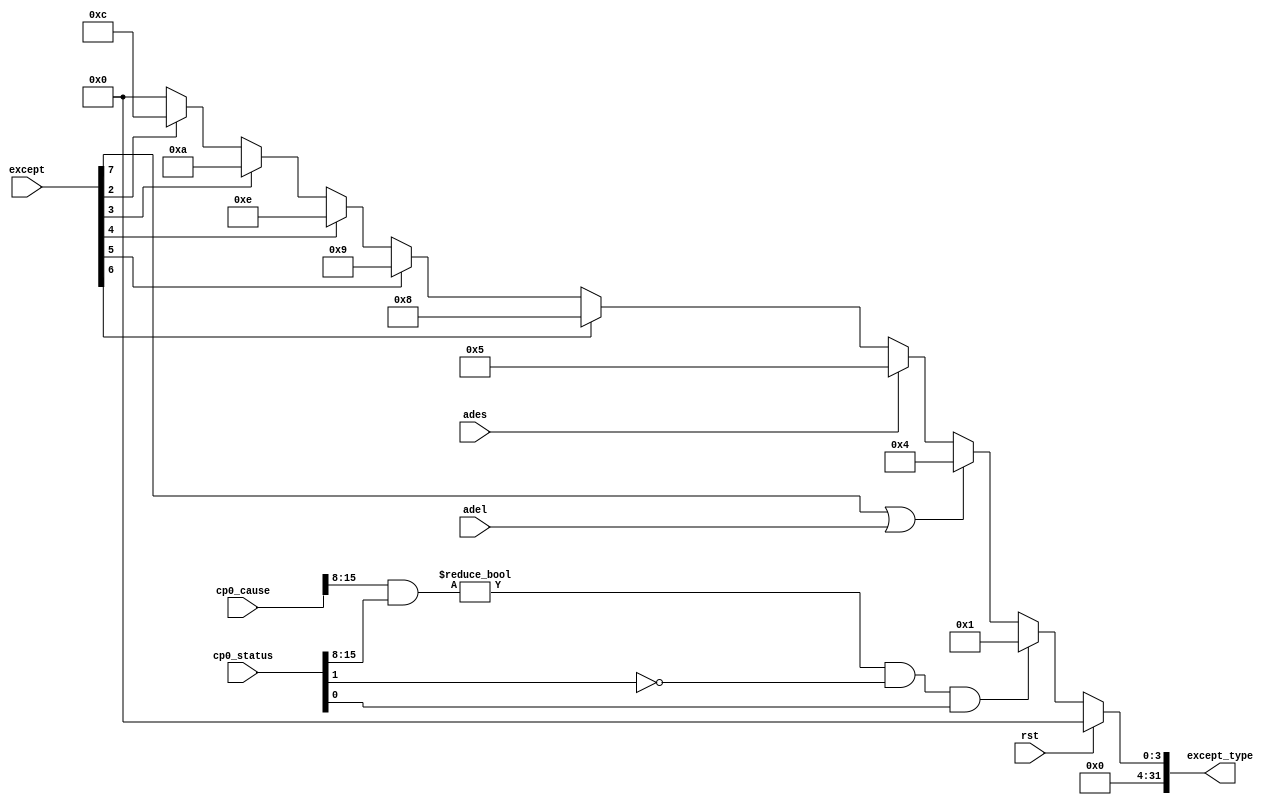
`timescale 1ns / 1ps
//////////////////////////////////////////////////////////////////////////////////
// Company: 
// Engineer: 
// 
// Design Name: 
// Module Name: flopenr
// Project Name: 
// Target Devices: 
// Tool Versions: 
// Description: 
// 
// Dependencies: 
// 
// Revision:
// Revision 0.01 - File Created
// Additional Comments:
// 
//////////////////////////////////////////////////////////////////////////////////

module exception(
    input wire rst,
    input wire [7:0] except,
    input wire adel,ades,
    input wire [31:0] cp0_status,cp0_cause,
    output reg [31:0] except_type
);

always @(*) begin
    if(rst)begin
        except_type <= 32'b0;
    end
    else begin
        except_type <= 32'b0;
        if(((cp0_cause[15:8] & cp0_status[15:8]) != 8'h00) &&
        (cp0_status[1] == 1'b0) && (cp0_status[0] == 1'b1)) begin
            except_type <= 32'h00000001;
        end else if(except[7] == 1'b1 || adel) begin
            except_type <= 32'h00000004;
        end else if(ades) begin
            except_type <= 32'h00000005;
        end else if(except[6] == 1'b1) begin
            except_type <= 32'h00000008;
        end else if(except[5] == 1'b1) begin
            except_type <= 32'h00000009;
        end else if(except[4] == 1'b1) begin
            except_type <= 32'h0000000e;
        end else if(except[3] == 1'b1) begin
            except_type <= 32'h0000000a;
        end else if(except[2] == 1'b1) begin
            except_type <= 32'h0000000c;
        end
    end
end

endmodule